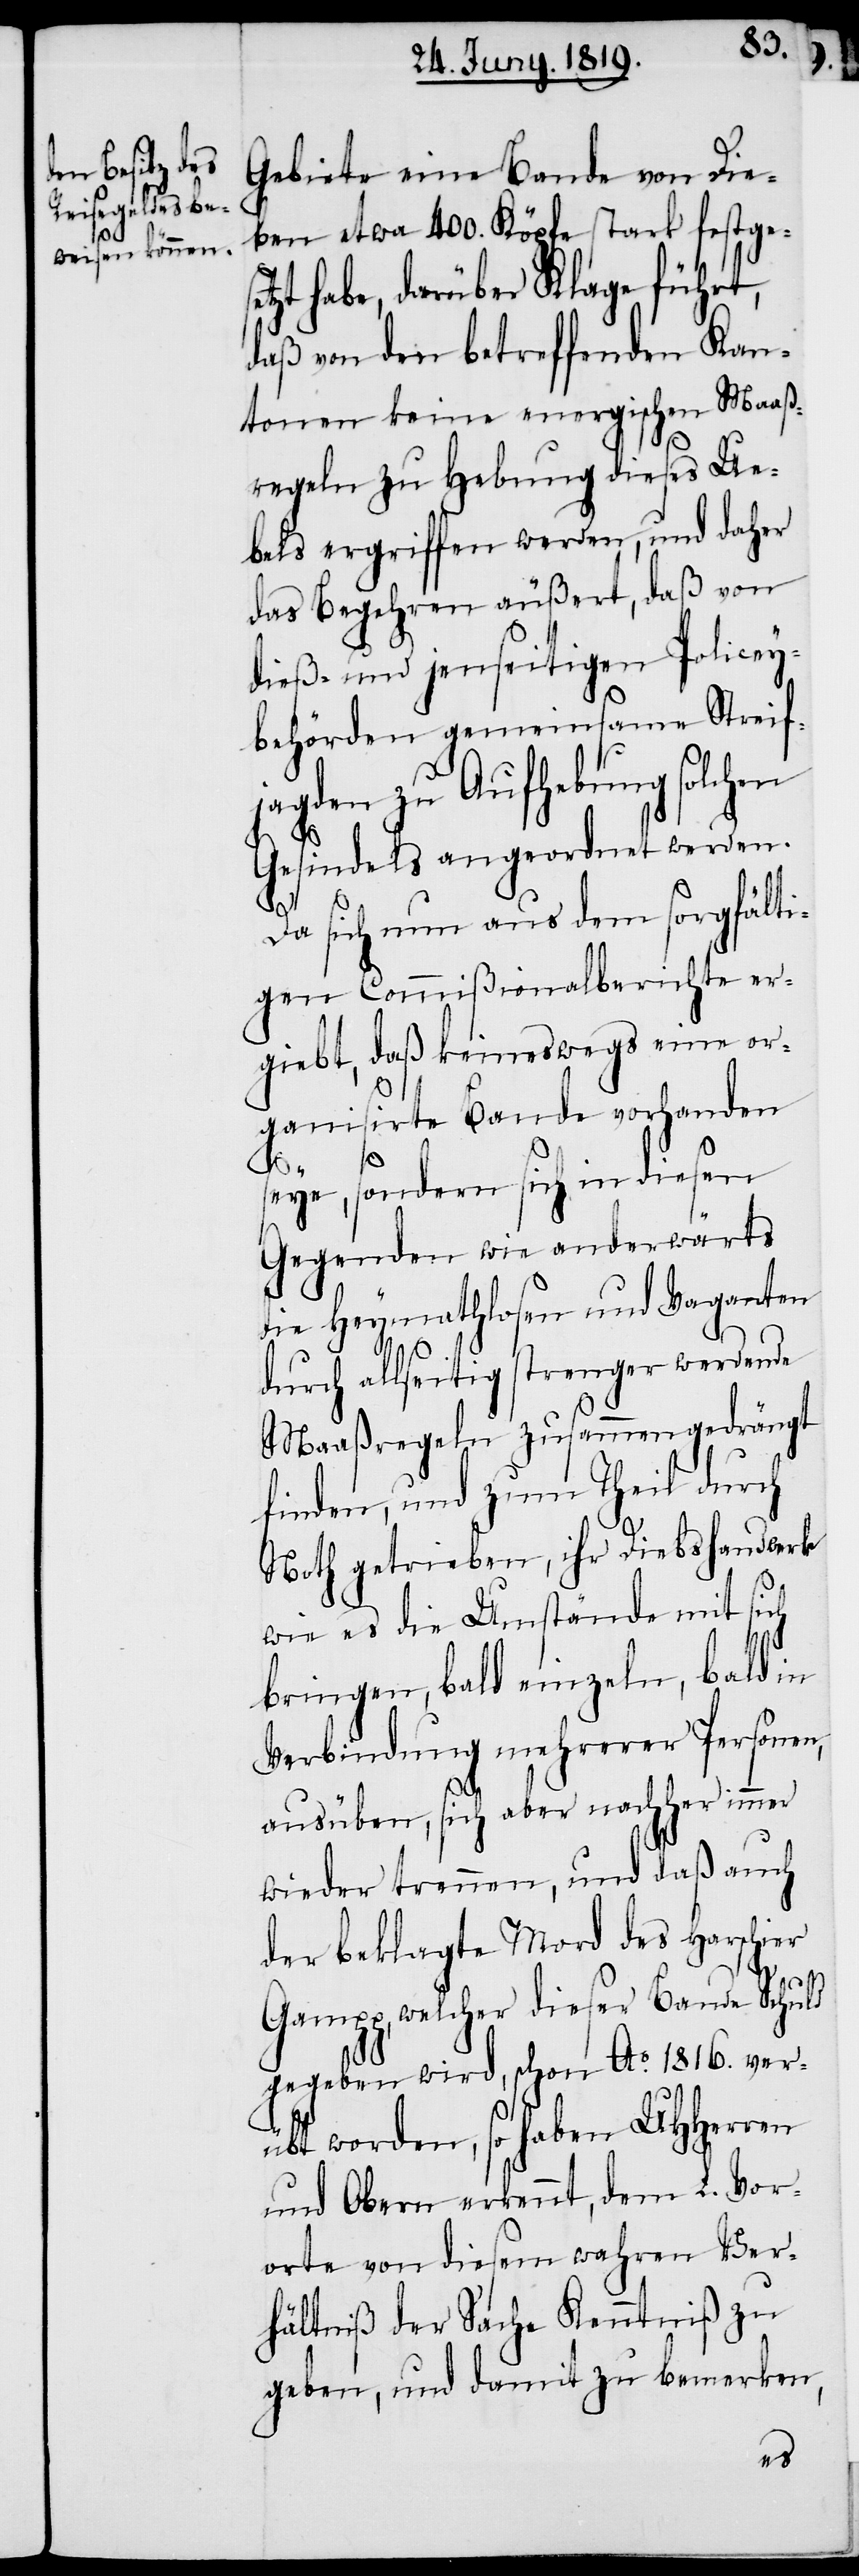
Gebiete eine Bande von Die¬
ben etwa 400. Köpfe stark festgese¬
tzt habe, darüber Klage führt,
daß von den betreffenden Kan¬
tonen keine energischen Maaß¬
regeln zu Habung dieses Ue¬
bels ergriffen werden, und daher
das Begehren äußert, daß von
dieß, und jenseitigen Policey¬
behörden gemeinsame Streif¬
jagden zu Aufhebung solchen
Gesindels angeordnet werden.
Da sich nun aus dem sorgfälti¬
gen Commißionalberichte er¬
giebt, daß keineswegs eine or¬
ganisirte Bande vorhanden
s¬
eye, sondern sich in diesen
Gegenden wie anderwärts
die Heymathlosen und Vaganten
durch allseitig strenger werdende
Maaßregeln zusammengedrängt
finden, und zum Theil durch
Noth getrieben, ihr Diebshandwerk
wie es die Umstände mit sich
bringen, bald einzeln, bald in
Verbindung mehrerer Personen,
ausüben, sich aber nachher immer
wieder trennen, und daß auch
der beklagte Mord des Harschier
Gampp, welcher dieser Bande Schuld
gegeben wird, schon Ao. 1816. ver¬
übt worden, so haben UHHerren
und Obern erkennt, dem L. Vor¬
orte von diesem wahren Ver¬
hältniß der Sache Kenntniß zu
geben, und damit zu bemerken,